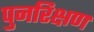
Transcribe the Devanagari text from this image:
पुनरिक्षण